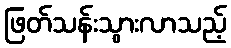
ဖြတ်သန်းသွားလာသည့်